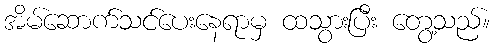
အိမ်ဆောက်သင်ပေးနေရာမှ ထသွားပြီး တွေ့သည်။